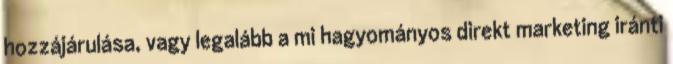
hozzájárulása, vagy legalább a mi hagyományos direkt marketing iránti